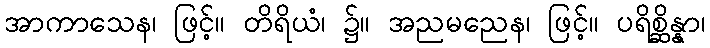
အာကာသေန၊ ဖြင့်။ တိရိယံ၊ ၌။ အညမညေန၊ ဖြင့်။ ပရိစ္ဆိန္နာ၊